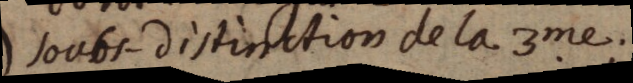
soubs distinction de la 3me;